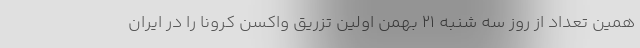
همین تعداد از روز سه شنبه ۲۱ بهمن اولین تزریق واکسن کرونا را در ایران